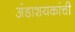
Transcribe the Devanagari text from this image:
अंडाशयकांची